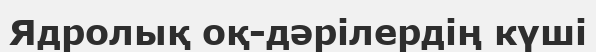
Ядролық оқ-дәрілердің күші